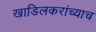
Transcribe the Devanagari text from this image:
खाडिलकरांच्याच